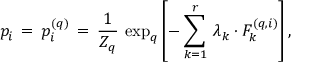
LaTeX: p _ { i } \, = \, p _ { i } ^ { ( q ) } \, = \, \frac { 1 } { Z _ { q } } \, \exp _ { q } \left[ - \sum _ { k = 1 } ^ { r } \, \lambda _ { k } \cdot F _ { k } ^ { ( q , i ) } \right] ,